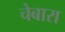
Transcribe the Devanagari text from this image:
चेबारा